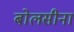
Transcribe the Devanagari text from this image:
बोलसीना